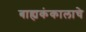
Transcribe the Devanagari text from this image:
बाह्यकंकालाचे